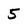
Character: 5